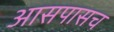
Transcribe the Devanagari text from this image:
आसपासच